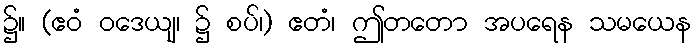
၌။ (ဧဝံ ဝဒေယျ၊ ၌ စပ်၊) ဧတံ၊ ဤတတော အပရေန သမယေန